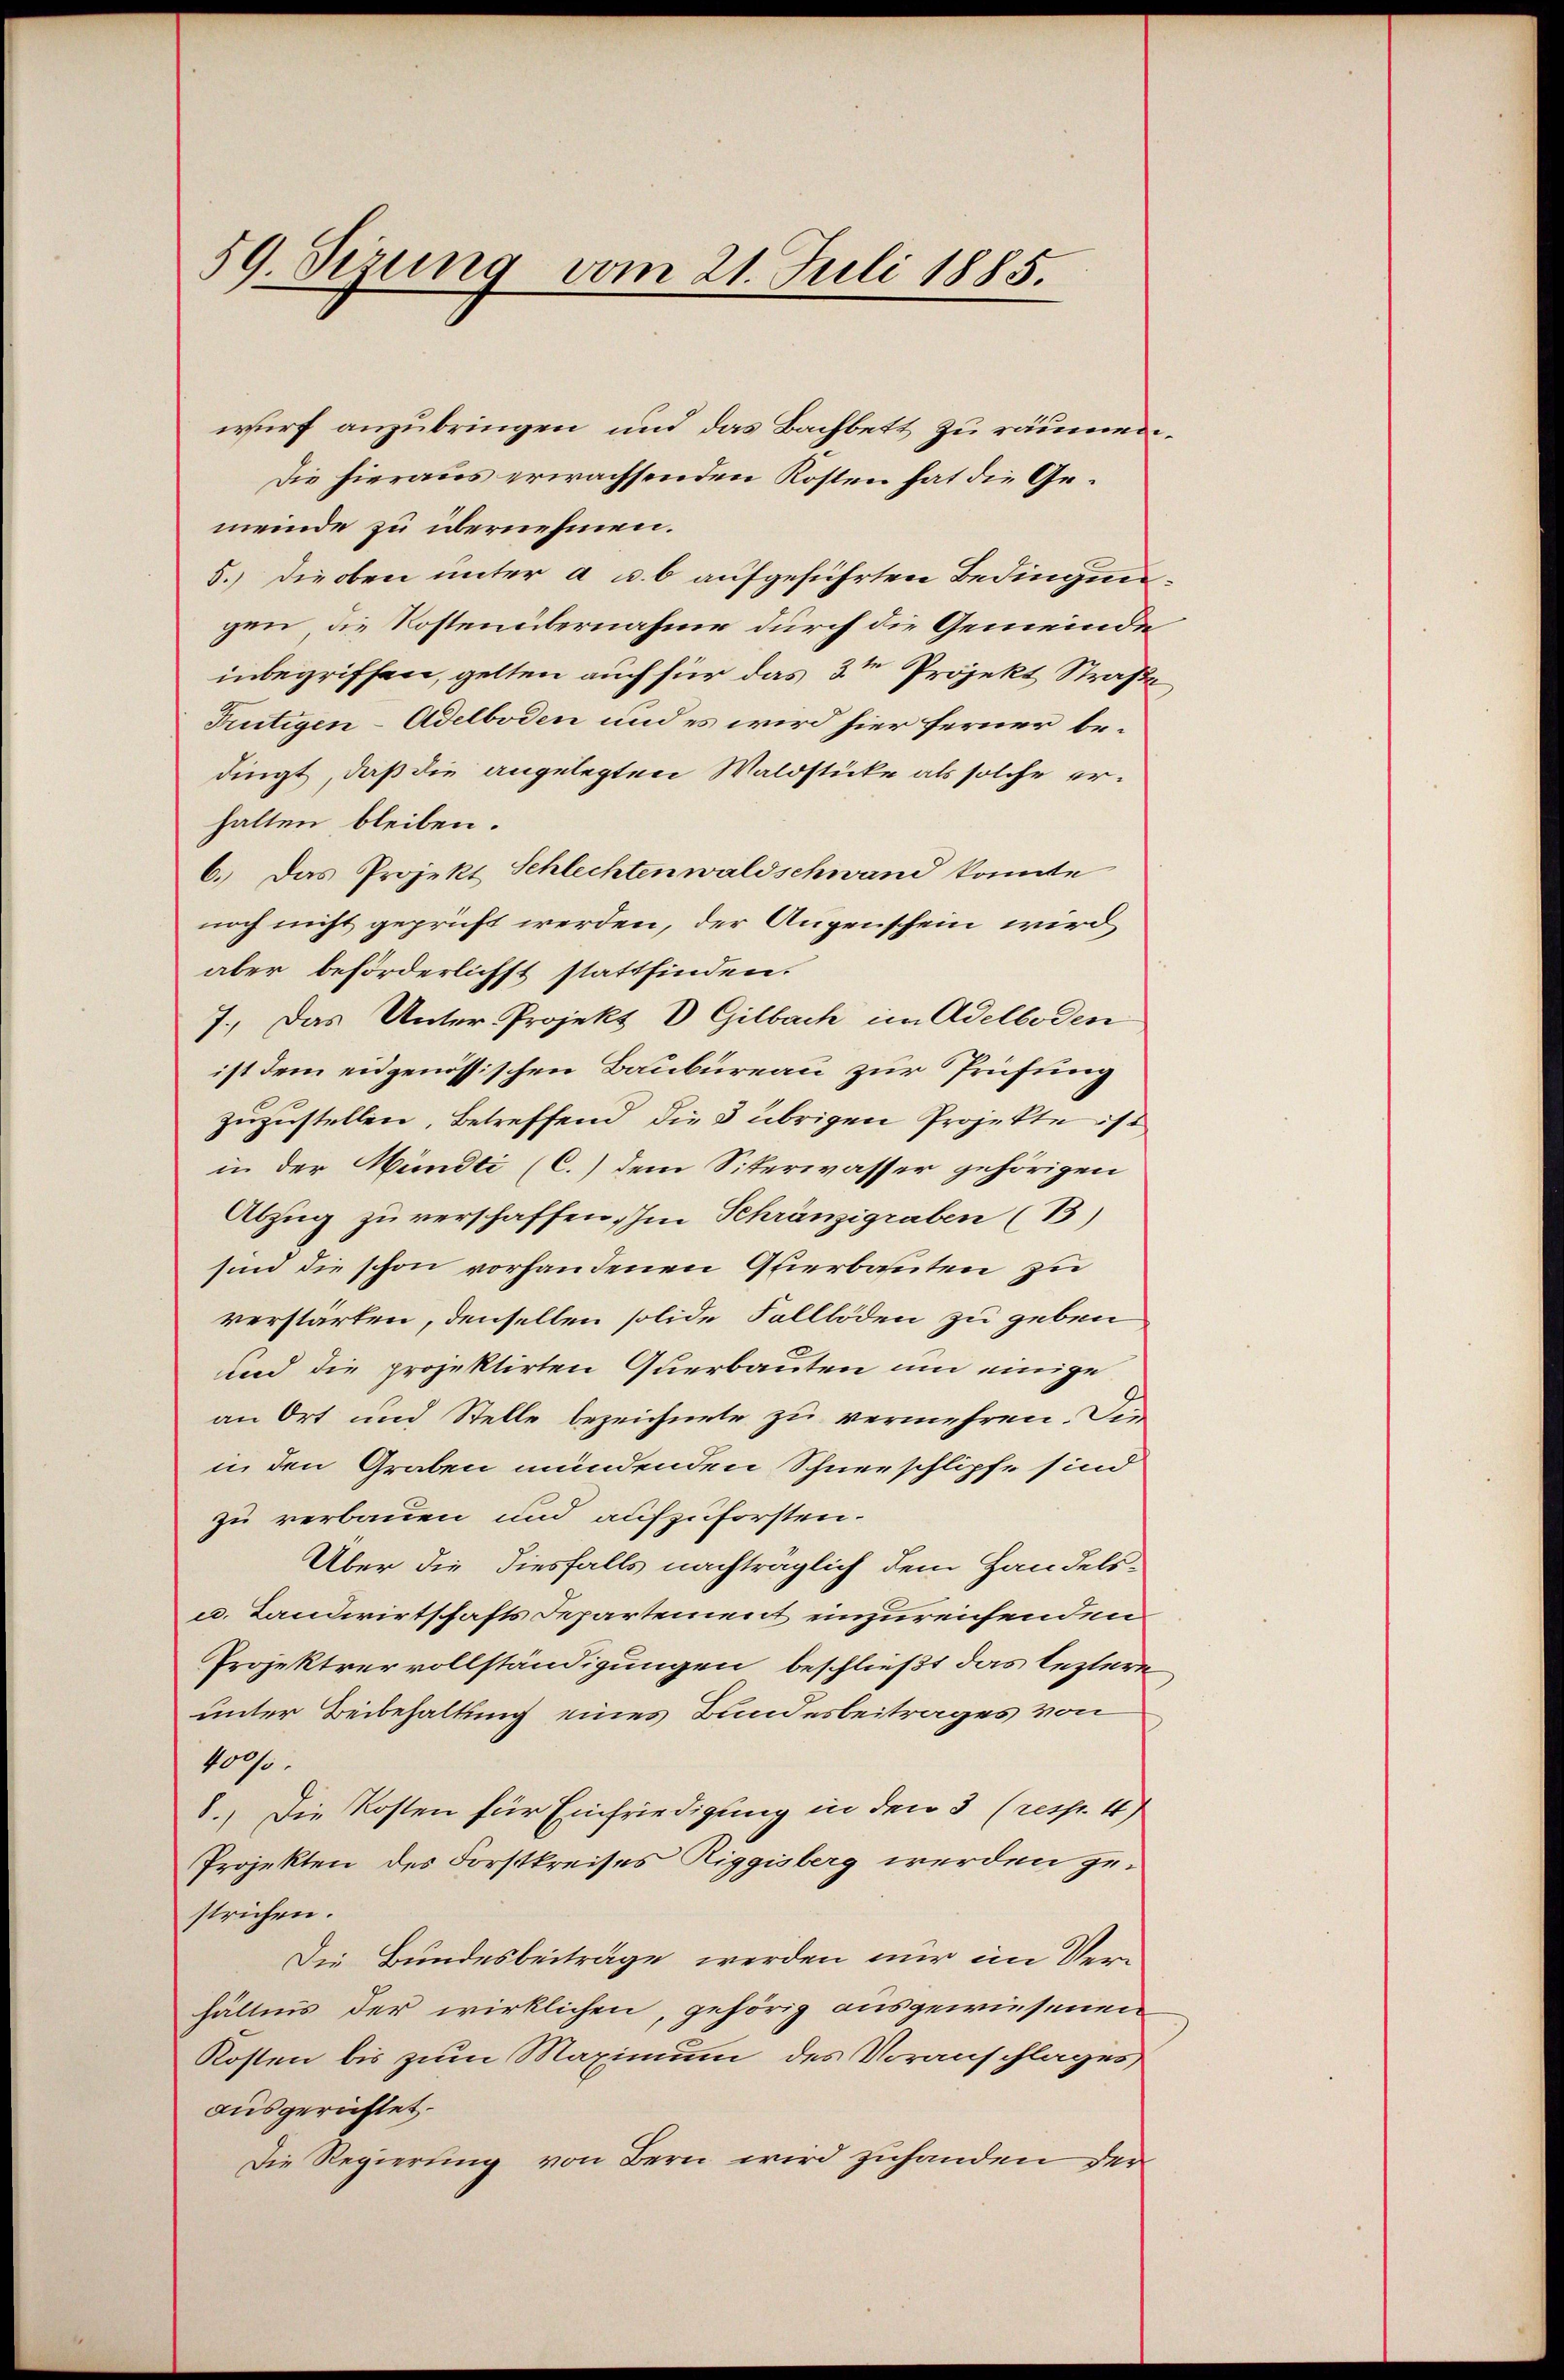
59. Serung vom 21. Juli 1885.

wurf anzubringen und das Bachbett zu räumen.
Die hieraus erwachsenden Kosten hat die Gemeinde zu übernehmen.
8.) Die oben unter a u. 6 aufgeführten Bedingungen, die Kostenübernahme durch die Gemeinde
inbegriffen, gelten auch für das 3ten Projekt Straße
Frutigen-Adelboden und es wird hier ferner bedingt, daß die angelegten Waldstücke als solche erhalten bleiben.
6.) Das Projekt Schlechten waldschwand konnte
noch nicht geprüft werden, der Augenschein wird
aber beförderlichst stattfinden.
7.) Das Unter-Projekt D Gilbach im Adelboden
ist dem eidgenössischen Baubureau zur Prüfung
zuzustellen, betreffend die 3 übrigen Projekte ist
in der Mündti (C.) dem Siterwasser gehörigen
Abzug zu verschaffen. Im Schränzigraben (13)
sind die schon vorhandenen Glierbauten zu
verstarten, denselben solide Falllöden zu geben
und die projektirten Querbauten um einige
an Ort und Stelle bezeichnete zu vermehren. Die
in den Graben mündenden Schneeschlipfe sind
zu verbauen und aufzuforsten.
Über die diesfalls nachträglich dem Handels-
u. Landwirtschafts Departement einzureichenden
Projektrer vollständigungen beschließt das leztere
unter Beibehaltung eines Bundesbeitrages von
400 f.
8.) Die Kosten für Einfriedigung in den 3 (resp. 4)
Projekten des Forstkreises Riggisberg werden ge-
strichen.
Die Bundesbeiträge werden nur im Verhältnis der wirklichen, gehörig ausgewiesenen
Kosten bis zum Maximum des Voranschlages
ausgerichtet.
Die Regierung von Bern wird zuhanden der